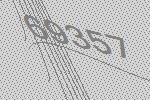
69357